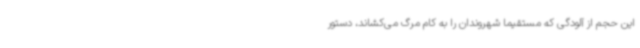
این حجم از آلودگی که مستقیما شهروندان را به کام مرگ می‌کشاند، دستور